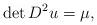
LaTeX: \begin{align*}\det D^{2} u =\mu,\end{align*}